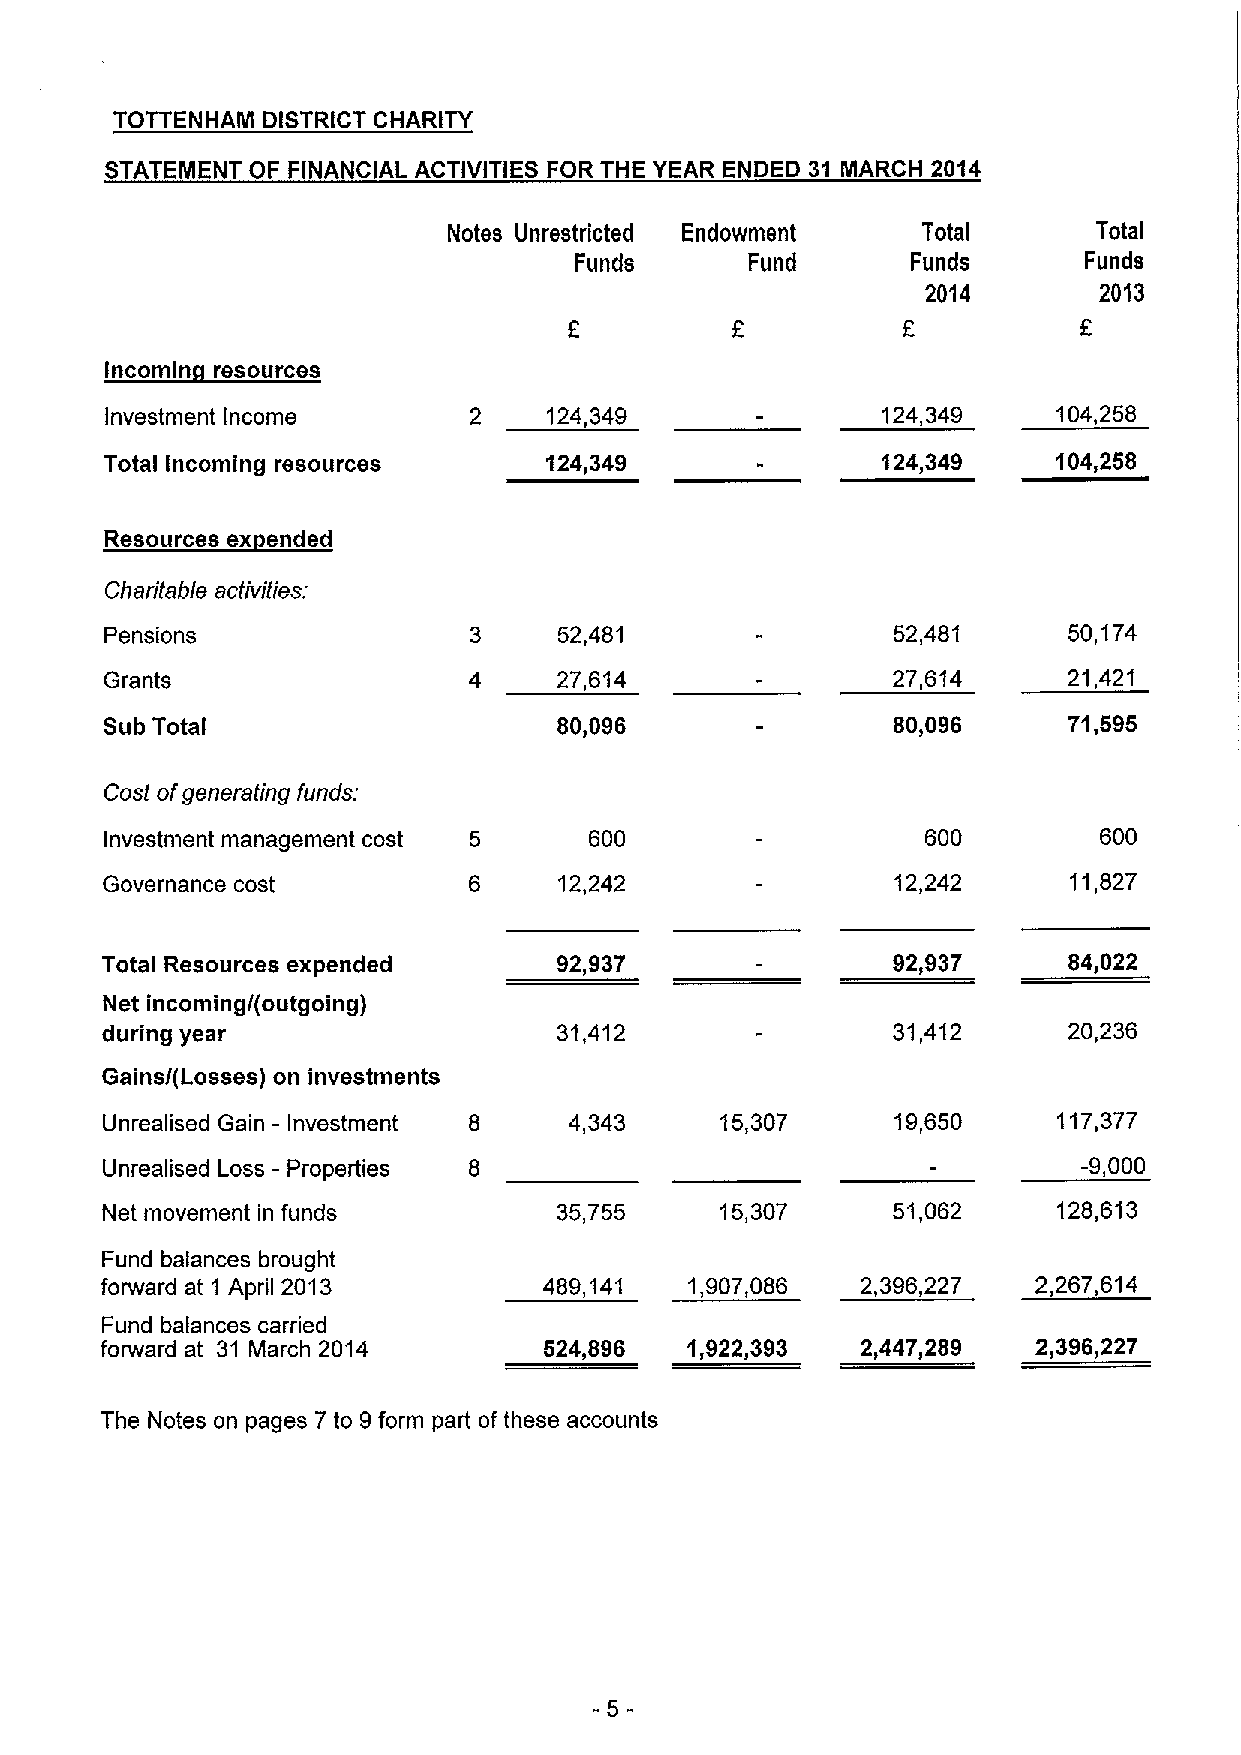
TOTTENHAM DISTRICT CHARITY
 STATEMENT OF FINANCIAL ACTIVITIES FOR THE YEAR ENDED 31 MARCH 2014
 Notes Unrestricted Endowment   Total       Total
 Funds       Fund      Funds       Funds
 2014        2013
 F           E
 Incomln resources
 Investment Income       2    124,349               124,343     104 255
 Total Incoming resources     124,349               124,349     104,258
 Resources ex ended
 Charitable activities:
 Pensions                3     52,481                52,461      50,174
 Grants                  4     27,614                27,614      21,421
 Sub Total                     80,096                80,096      71,595
 Cost ofgenerating funds:
 Investment management cost 5    600                   600         600
 Governance cost         6     12,242                12,242      11,627
 Total Resources expended      92,937                92,937      84,022
 Net incoming/(outgoing)
 during year                   31,412                31,412      20,236
 Gains/(Losses) on investments
 Unrsalised Gain - Investment 8 4,343     15,307     19,650     117,377
 Unrealised Loss - Properties 8                                   -9,000
 Net movement in funds         35,755     15,307     51,062     128,613
 Fund balances brought
 forward at 1 April 2013      489,141   1,907,086  2,396,227   2,267,614
 Fund balances carried
 forward at 31 March 2014     524,896  1,922,393   2,447,289   2,396,227
 The Notes on pages 7 to 9form part of these accounts
 -5-